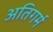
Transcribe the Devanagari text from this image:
अतिगर्म